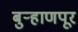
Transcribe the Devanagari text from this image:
बुर्‍हाणपूर